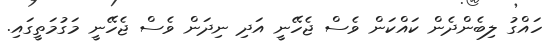
ހައްގު ލިބެންދެން ކައްކަން ވެސް ޖެހޭނީ އަދި ނިދަން ވެސް ޖެހޭނީ މަގުމަތީގައި.